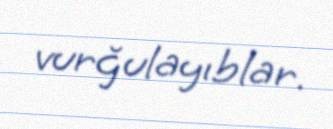
vurğulayıblar.